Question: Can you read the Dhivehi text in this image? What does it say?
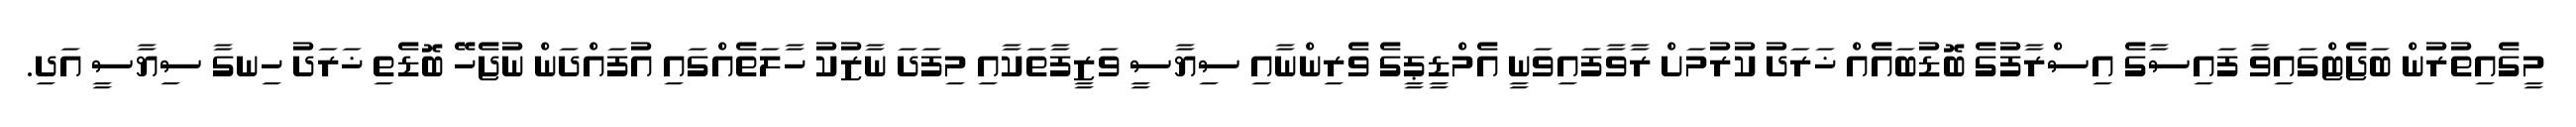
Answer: މީގެއިތުރުން ބަޖެޓްގައިވާ ފައިސާގެ އިސްރާފުގެ ބޮޑުބައެއް ޚަރަދު ކުރުމަށް ރާވާފައިވަނީ އެމްޑީޕީގެ ވެރިންނާއި ސިޔާސީ ވަޒީފާތަކާއި މިފަދަ ނާޒުކު ހާލަތެއްގައި އުފައްދަން ނުޖެހޭ ބޮޑެތި ޚަރަދު ހިނގާ ސިޔާސީ އަދި.